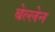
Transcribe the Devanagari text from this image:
बेल्लेन